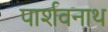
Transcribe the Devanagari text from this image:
पार्शवनाथ